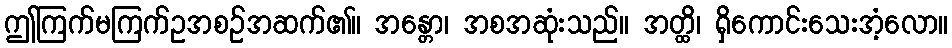
ဤကြက်မကြက်ဥအစဉ်အဆက်၏။ အန္တော၊ အစအဆုံးသည်။ အတ္ထိ၊ ရှိကောင်းသေးအံ့လော။